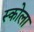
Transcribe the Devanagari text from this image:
स्कोला